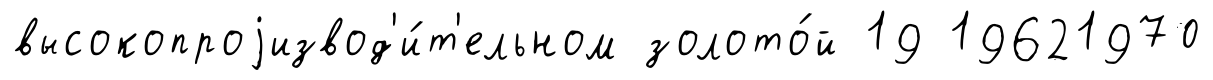
высокопроjизвод'и́т'ельном золото́й 19 19621970